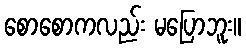
စောစောကလည်း မပြောဘူး။